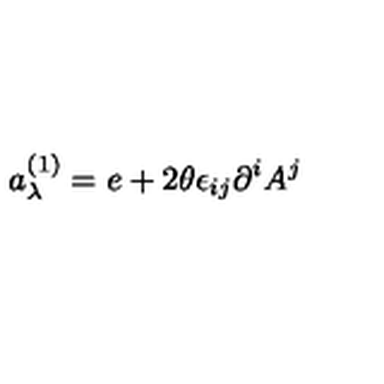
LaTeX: a _ { \lambda } ^ { ( 1 ) } = e + 2 \theta \epsilon _ { i j } \partial ^ { i } A ^ { j }